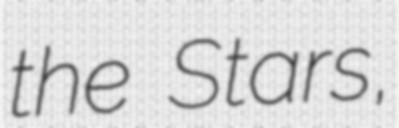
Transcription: the Stars,